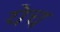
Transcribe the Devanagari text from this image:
येच